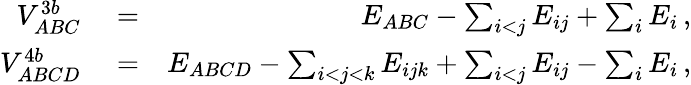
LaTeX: \begin{array}{rlr}{V_{ABC}^{3b}}&{{}=}&{E_{ABC}-\sum_{i<j}E_{ij}+\sum_{i}E_{i}\, ,}\\ {V_{ABCD}^{4b}}&{{}=}&{E_{ABCD}-\sum_{i<j<k}E_{ijk}+\sum_{i<j}E_{ij}-\sum_{i}E_{i}\, ,}\end{array}